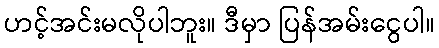
ဟင့်အင်းမလိုပါဘူး။ ဒီမှာ ပြန်အမ်းငွေပါ။